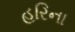
હરિના